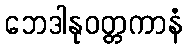
ဘေဒါနုဝတ္တကာနံ